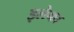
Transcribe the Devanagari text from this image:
इलेका